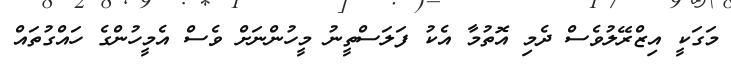
މަގަކީ އިޒްރޭލުވެސް ދެމި އޮތުމާ އެކު ފަލަސްތީނު މީހުންނަށް ވެސް އެމީހުންގެ ހައްގުތައް